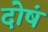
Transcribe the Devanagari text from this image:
दोषं